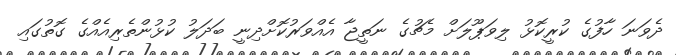
ދެވަނަ ހާފުގެ ކުރީކޮޅު ލިވަޕޫލަށް މެޗުގެ ނަތީޖާ އެއްވަރުކޮށްދިނީ ބަދަލު ކުޅުންތެރިއެއްގެ ގޮތުގައި